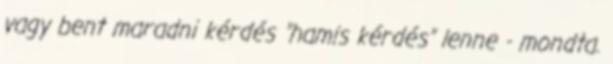
vagy bent maradni kérdés "hamis kérdés" lenne - mondta.